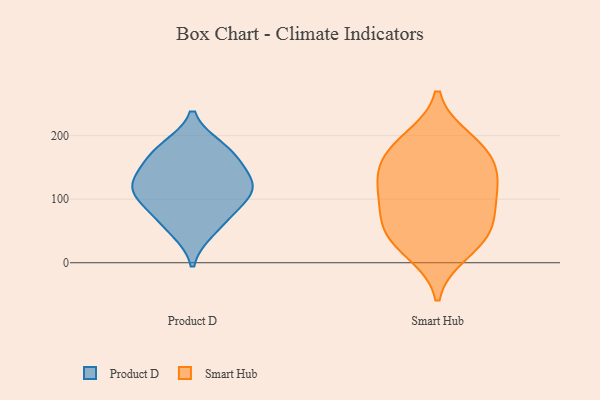
{"axis": {"x": "Page Views", "y": "Value"}, "legend": ["Product D", "Smart Hub"], "data": [{"x": "", "y": 71, "type": "Product D"}, {"x": "", "y": 51, "type": "Product D"}, {"x": "", "y": 120, "type": "Product D"}, {"x": "", "y": 181, "type": "Product D"}, {"x": "", "y": 111, "type": "Product D"}, {"x": "", "y": 94, "type": "Product D"}, {"x": "", "y": 122, "type": "Product D"}, {"x": "", "y": 161, "type": "Product D"}, {"x": "", "y": 130, "type": "Product D"}, {"x": "", "y": 174, "type": "Product D"}, {"x": "", "y": 48, "type": "Smart Hub"}, {"x": "", "y": 112, "type": "Smart Hub"}, {"x": "", "y": 137, "type": "Smart Hub"}, {"x": "", "y": 111, "type": "Smart Hub"}, {"x": "", "y": 193, "type": "Smart Hub"}, {"x": "", "y": 173, "type": "Smart Hub"}, {"x": "", "y": 142, "type": "Smart Hub"}, {"x": "", "y": 179, "type": "Smart Hub"}, {"x": "", "y": 17, "type": "Smart Hub"}, {"x": "", "y": 80, "type": "Smart Hub"}, {"x": "", "y": 60, "type": "Smart Hub"}, {"x": "", "y": 37, "type": "Smart Hub"}]}